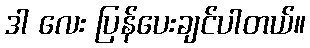
ဒါ လေး ပြန်ပေးချင်ပါတယ်။